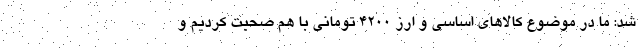
شد: ما در موضوع کالاهای اساسی و ارز ۴۲۰۰ تومانی با هم صحبت کردیم و